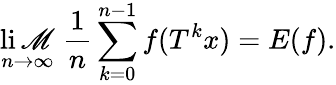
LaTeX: \operatorname*{li\mathscr{M}}_{n\rightarrow\infty}\; {\frac{{1}}{{n}}}\sum_{k=0}^{n-1}f(T^{k}x)=E(f).